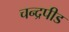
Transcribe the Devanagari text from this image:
चन्द्रपीड